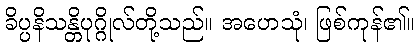
ခိပ္ပနိသန္တိပုဂ္ဂိုလ်တို့သည်။ အဟေသုံ၊ ဖြစ်ကုန်၏။